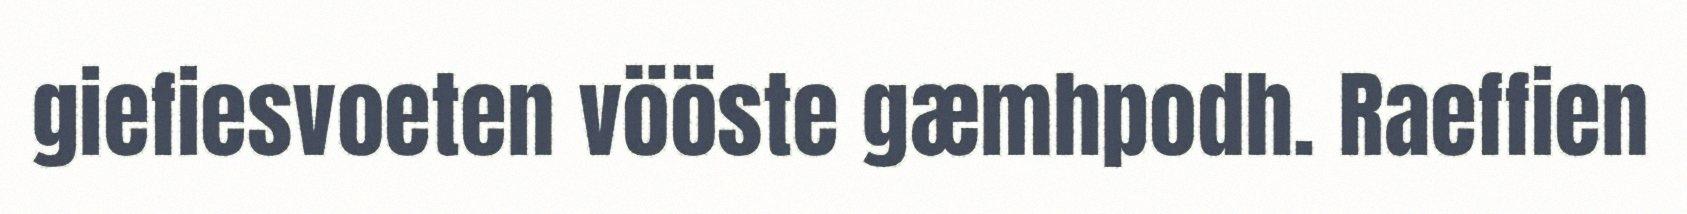
giefiesvoeten vööste gæmhpodh. Raeffien